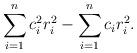
LaTeX: \begin{align*}\sum_{i=1}^n c_i^2r_i^2 - \sum_{i=1}^n c_ir_i^2.\end{align*}